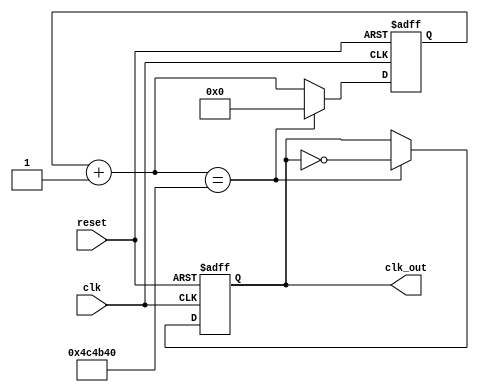
// clock divider from the 10 MHz input clock to a 1 Hz clock
module clk_div_V2 (clk, reset, clk_out);

    input clk;
    input reset;
    output clk_out;

    reg [23:0] counter;
    wire [23:0] counterplus;
    reg clk_track;

    always @(posedge clk or negedge reset)
    begin
        
        if(~reset) begin
            counter = 0;
            clk_track <= 0;
        end
        else if(counterplus == 5000000) begin
            counter = 0;
            clk_track <= ~clk_track;
        end
        else
            counter = counterplus; 
    end

    assign counterplus = counter + 1;
    assign clk_out = clk_track;

endmodule